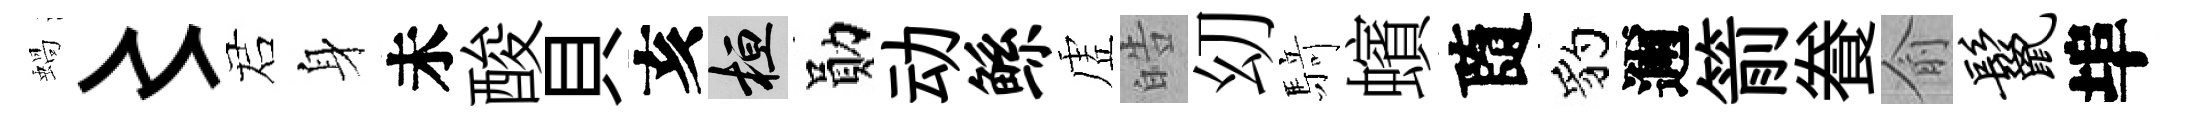
蝸〻诺身未酸貝亥桓勛动鲧虗皓㓜𮪍蠙隨豹邇箭飬俞鬣埠